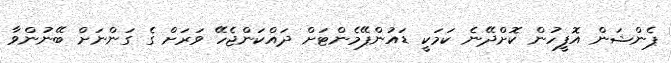
ޕެންޝަން އޮފީހުން ކޮށްދޭނެ ކަމަކީ ޑައުންޕޭމެންޓަށް ދައްކަންޖެހޭ ވަރަށް ގެ ގަންނަށް ބޭނުންވާ